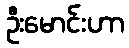
ဦးမောင်းဟာ